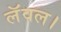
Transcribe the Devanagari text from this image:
लॅवल।